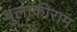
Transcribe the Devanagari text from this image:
बुलाकीराम